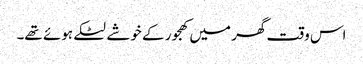
اس وقت گھر میں کھجور کے خوشے لٹکے ہوئے تھے۔